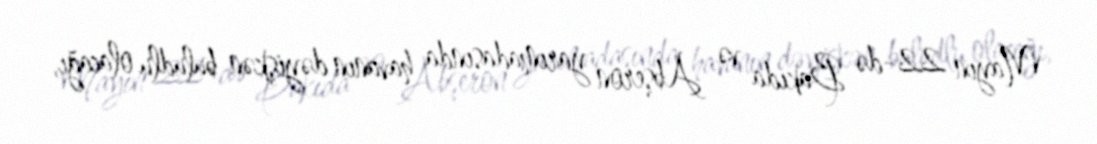
Mayın 22-də Bakıda və Abşeron yarımadasında havanın dəyişkən buludlu olacağı,